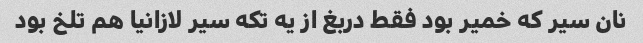
نان سیر که خمیر بود فقط دربغ از یه تکه سیر لازانیا هم تلخ بود